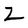
Character: Z